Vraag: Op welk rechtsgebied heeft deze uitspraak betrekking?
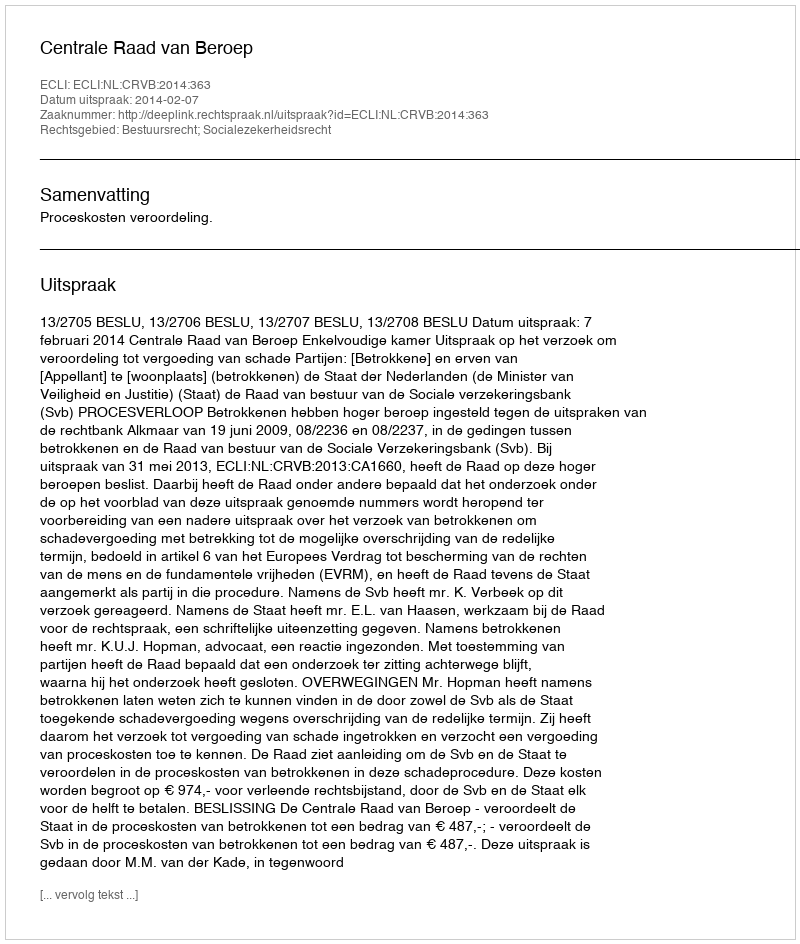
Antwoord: Bestuursrecht; Socialezekerheidsrecht